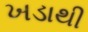
ખડાથી